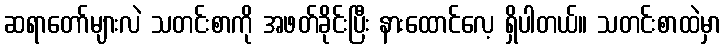
ဆရာတော်များလဲ သတင်းစာကို အဖတ်ခိုင်းပြီး နားထောင်လေ့ ရှိပါတယ်။ သတင်းစာထဲမှာ